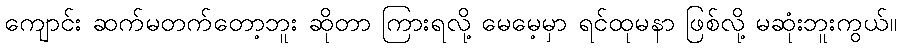
ကျောင်း ဆက်မတက်တော့ဘူး ဆိုတာ ကြားရလို့ မေမေ့မှာ ရင်ထုမနာ ဖြစ်လို့ မဆုံးဘူးကွယ်။